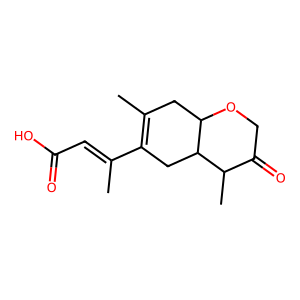
SMILES: CC(=CC(=O)O)C1=C(C)CC2OCC(=O)C(C)C2C1
Inhibits HIV replication: No